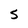
Character: S